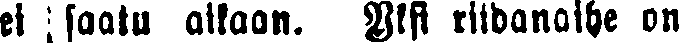
ei saatu aikaan. Yksi riidanaihe on